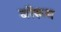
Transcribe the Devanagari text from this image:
बॉरूम